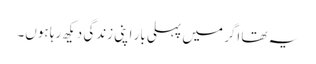
یہ تھا اگر میں پہلی بار اپنی زندگی دیکھ رہا ہوں۔